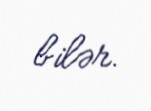
bilər.